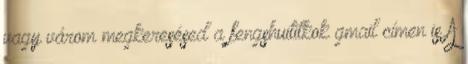
vagy várom megkeresésed a fengshuititkok gmail címen is A